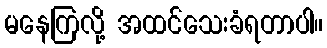
မနေကြလို့ အထင်သေးခံရတာပါ။